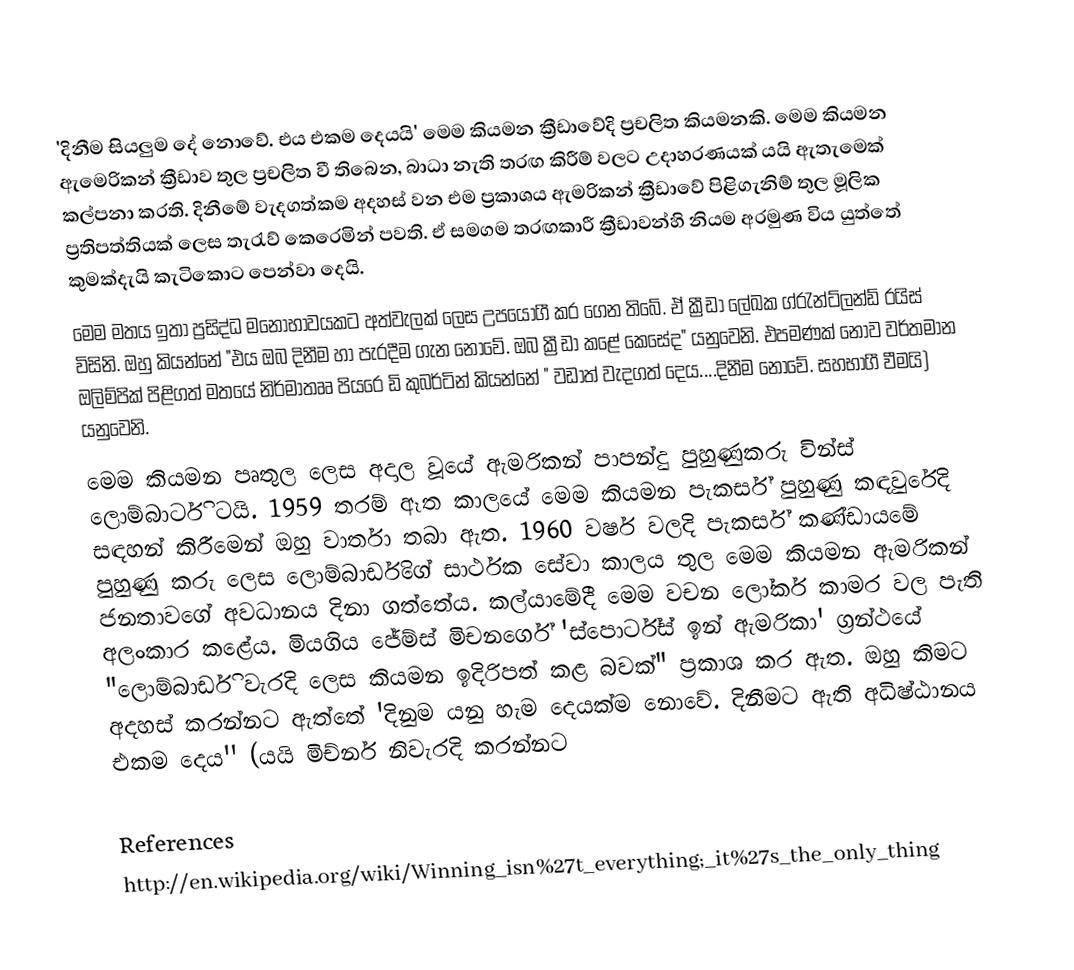
'දිනීම සියලුම දේ නොවේ. එය එකම දෙයයි' මෙම කියමන ක්‍රීඩාවේදි ප්‍රචලිත කියමනකි. මෙම කියමන ඇමෙරිකන් ක්‍රීඩාව තුල ප්‍රචලිත වී තිබෙන, බාධා නැති තරඟ කිරීම් වලට උදාහරණයක් යයි ඇතැමෙක් කල්පනා කරති. දිනීමේ වැදගත්කම අදහස් වන එම ප්‍රකාශය ඇමරිකන් ක්‍රීඩාවේ පිළිගැනිම් තුල මූලික ප්‍රතිපත්තියක් ලෙස තැරැව් කෙරෙමින් පවති. ඒ සමගම තරඟකාරී ක්‍රීඩාවන්හි නියම අරමුණ විය යුත්තේ කුමක්දැයි කැටිකොට පෙන්වා දෙයි.
	මෙම මතය ඉතා ප්‍රසිද්ධ මනෝභාවයකට අත්වැලක් ලෙස උපයෝගී කර ගෙන තිබේ. ඒ ක්‍රීඩා ලේඛක ග්රැන්ට්ලන්ඩ් රයිස් විසිනි. ඔහු කියන්නේ "එය ඔබ දිනීම හා පැරදීම ගැන නොවේ. ඔබ ක්‍රීඩා කළේ කෙසේද" යනුවෙනි. එපමණක් නොව වර්තමාන ඔලිම්පික් පිළිගත් මතයේ නිර්මාතෲ පියරෙ ඩි කුබර්ටින් කියන්නේ " වඩාත් වැදගත් දෙය....දිනීම නොවේ. සහභාගී වීමයි) යනුවෙනි.
	මෙම කියමන පෘතුල ලෙස අදාල වූයේ ඇමරිකන් පාපන්දු පුහුණුකරු වින්ස් ලොම්බාර්ටි ටයි. 1959 තරම් ඈත කාලයේ මෙම කියමන පැකර්ස් පුහුණු කඳවුරේදි සඳහන් කිරීමෙන් ඔහු වාර්තා තබා ඇත. 1960 වර්ෂ වලදි පැකර්ස් කණ්ඩායමේ පුහුණු කරු ලෙස ලොම්බාර්ඩිගේ සාර්ථක සේවා කාලය තුල මෙම කියමන ඇමරිකන් ජනතාවගේ අවධානය දිනා ගත්තේය. කල්යාමේදී මෙම වචන ලෝකර් කාමර වල පැති අලංකාර කළේය. මියගිය ජේම්ස් මිචනර්ගේ 'ස්පොර්ට්ස් ඉන් ඇමරික‍ා' ග්‍රන්ථයේ "ලොම්බාර්ඩි වැරදි ලෙස කියමන ඉදිරිපත් කළ බවක්" ප්‍රකාශ කර ඇත. ඔහු කිමට අදහස් කරන්නට ඇත්තේ 'දිනුම යනු හැම දෙයක්ම නොවේ. දිනීමට ඇති අධිෂ්ඨානය එකම දෙය'' (යයි මිච්නර් නිවැරදි කරන්නට

References
http://en.wikipedia.org/wiki/Winning_isn%27t_everything;_it%27s_the_only_thing